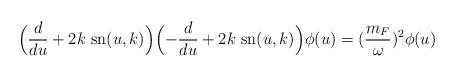
LaTeX: \begin{align*}\Bigl(\frac{d}{du}+2k~{\rm sn}(u, k)\Bigr)\Bigl(-\frac{d}{du}+2k~{\rm sn}(u, k)\Bigr)\phi(u)=(\frac{m_F}{\omega})^2\phi(u)\end{align*}